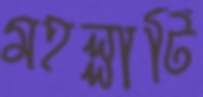
মহল্লাটি